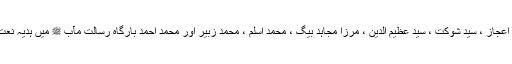
محمد ایاز ، محمد اعجاز ، سید شوکت ، سید عظیم الدین ، مرزا مجاہد بیگ ، محمد اسلم ، محمد زبیر اور محمد احمد بارگاہ رسالت مآب ﷺ میں ہدیہ نعت پیش کریں گے ۔